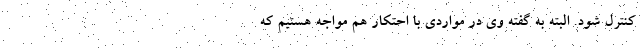
کنترل شود. البته به گفته وی در مواردی با احتکار هم مواجه هستیم که